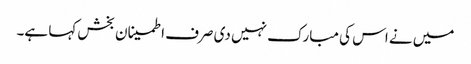
میں نے اس کی مبارک نہیں دی صرف اطمینان بخش کہا ہے۔